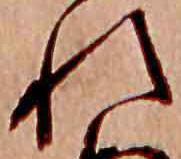
れ